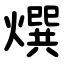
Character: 㷷